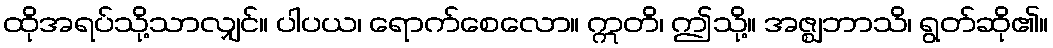
ထိုအရပ်သို့သာလျှင်။ ပါပယ၊ ရောက်စေလော။ ဣတိ၊ ဤသို့။ အဇ္ဈဘာသိ၊ ရွတ်ဆို၏။